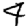
Digit: 4